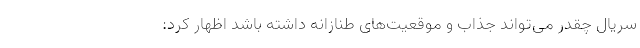
سریال چقدر می‌تواند جذاب و موقعیت‌های طنازانه داشته باشد اظهار کرد: